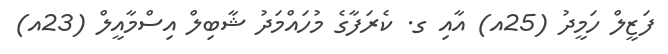
ފަޒީލް ހަމީދު (25އ) އާއި ގ. ކެރަފާގެ މުހައްމަދު ޝާބިލް އިސްމާއީލް (23އ)